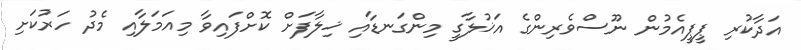
އަދާކުރި ޕީޕީއެމުން ނޫސްވެރިންގެ އަޚުލާގީ މިންގަނޑާއި ޚިލާފަށް ކޮށްފައިވާ މިއަމަލާއި މެދު ހަރުކަށި